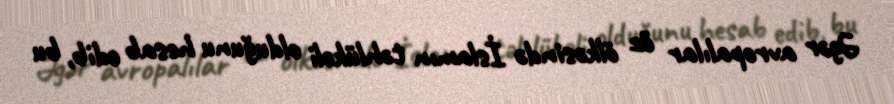
Əgər avropalılar öz ölkəsində İslamın təhlükəli olduğunu hesab edib, bu